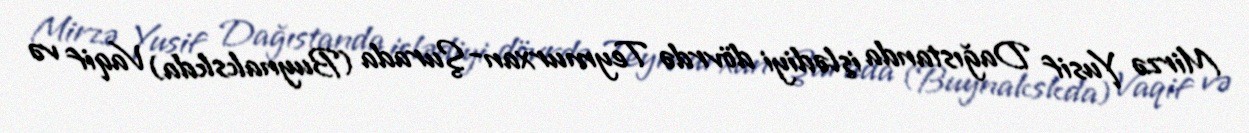
Mirzə Yusif Dağıstanda işlədiyi dövrdə Teymurxan-Şurada (Buynakskda) Vaqif və